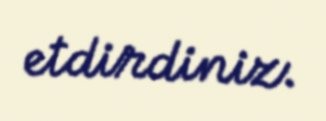
etdirdiniz.